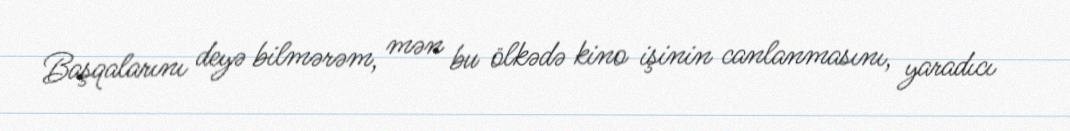
Başqalarını deyə bilmərəm, mən bu ölkədə kino işinin canlanmasını, yaradıcı